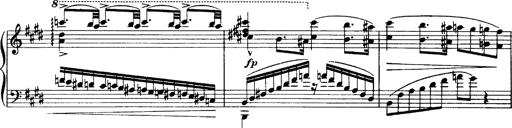
Title: OuvertÃ¼re zu TannhÃ¤user
Composer: Franz Liszt